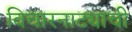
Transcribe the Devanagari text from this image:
विचारनाट्याची